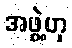
အဖွဲ့ဟု